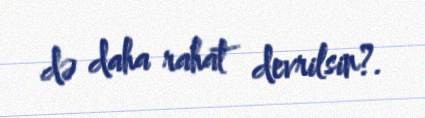
də daha rahat devrilsin?.